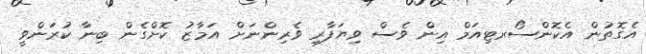
އެގޮތުން އެކޮންސޯރޓިއަމް އިން ވެސް ވިޔަފާރި ވެރިންނަށް އަމާޒު ކޮށްގެން ބިނާ ކުރަންވީ